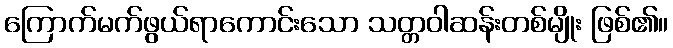
ကြောက်မက်ဖွယ်ရာကောင်းသော သတ္တဝါဆန်းတစ်မျိုး ဖြစ်၏။